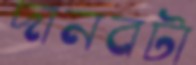
দানবটা